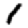
Digit: 1